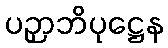
ပဉှာဘိပုဋ္ဌေန